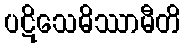
ပဋိသေဓိဿာမီတိ